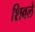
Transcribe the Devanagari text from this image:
शिवले